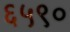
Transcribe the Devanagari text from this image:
६५९०